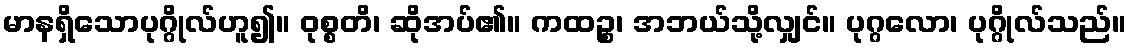
မာနရှိသောပုဂ္ဂိုလ်ဟူ၍။ ဝုစ္စတိ၊ ဆိုအပ်၏။ ကထဉ္စ၊ အဘယ်သို့လျှင်။ ပုဂ္ဂလော၊ ပုဂ္ဂိုလ်သည်။